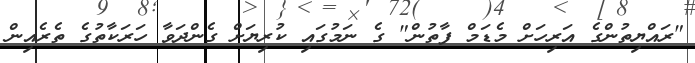
"ރައްޔިތުންގެ އަރިހަށް މެޑަމް ފާތުން" ގެ ނަމުގައި ކުރިޔަށް ގެންދަވާ ހަރަކާތުގެ ތެރެއިން